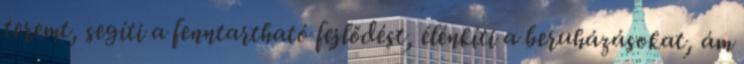
teremt, segíti a fenntartható fejlődést, élénkíti a beruházásokat, ám